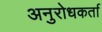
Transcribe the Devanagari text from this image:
अनुरोधकर्ता